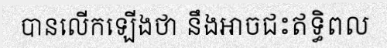
បានលើកឡើងថា នឹងអាចជះឥទ្ធិពល